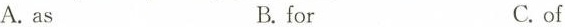
A.as B.for C.of